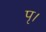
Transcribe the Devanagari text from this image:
पृ।